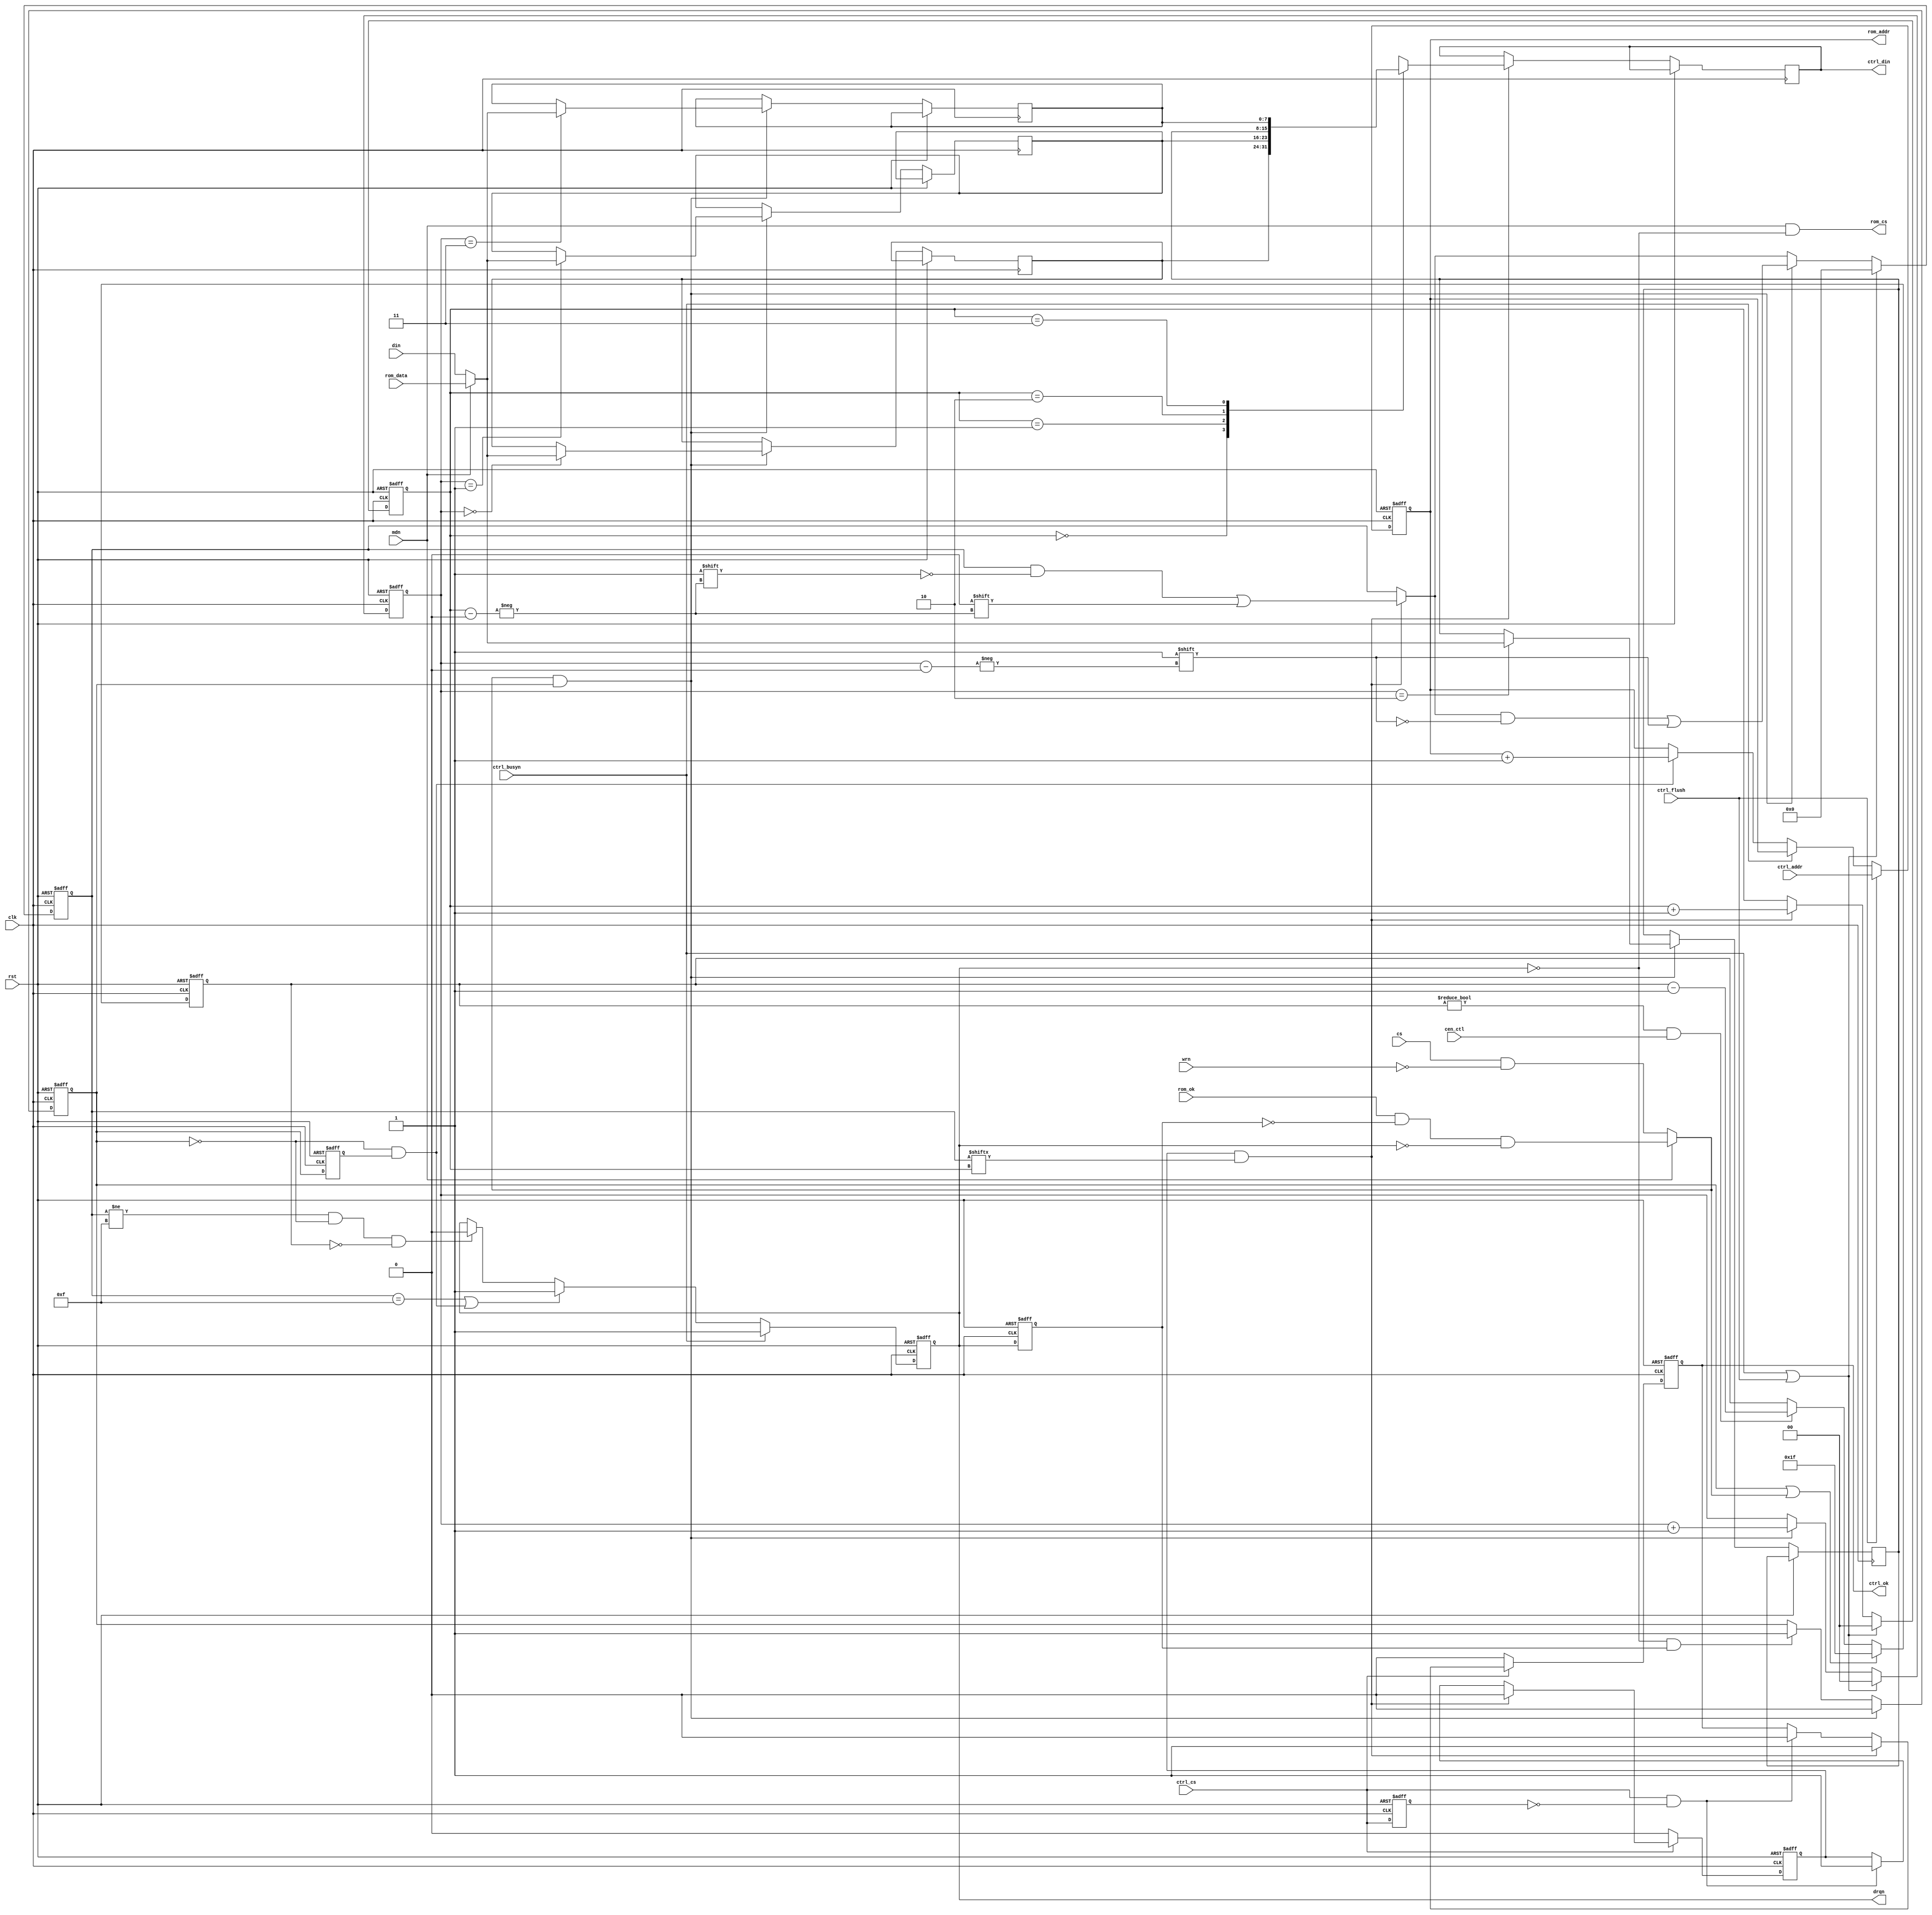
module jt7759_data(
    input             rst,
    input             clk,
    input             cen_ctl,
    input             mdn,
    // Control interface
    input             ctrl_flush,
    input             ctrl_cs,
    input             ctrl_busyn,
    input      [16:0] ctrl_addr,
    output reg [ 7:0] ctrl_din,
    output reg        ctrl_ok,
    // ROM interface
    output            rom_cs,
    output reg [16:0] rom_addr,
    input      [ 7:0] rom_data,
    input             rom_ok,
    // Passive interface
    input             cs,
    input             wrn,  // for slave mode only
    input      [ 7:0] din,
    output reg        drqn
);

reg  [7:0] fifo[0:3];
reg  [3:0] fifo_ok;
reg        drqn_l, ctrl_cs_l;
reg  [1:0] rd_addr, wr_addr;
reg        readin, readout, readin_l;
reg  [4:0] drqn_cnt;

wire       good    = mdn ? rom_ok & ~drqn_l & ~drqn : (cs&~wrn);
wire [7:0] din_mux = mdn ? rom_data : din;

assign rom_cs  = mdn && !drqn;

always @(posedge clk, posedge rst) begin
    if( rst ) begin
        drqn_cnt <= 0;
    end else begin
        // Minimum time between DRQn pulses
        if( readin || good )
            drqn_cnt <= ~5'd0;
        else if( drqn_cnt!=0 && cen_ctl) drqn_cnt <= drqn_cnt-1'd1;
    end
end

always @(posedge clk, posedge rst) begin
    if( rst ) begin
        rom_addr <= 0;
        drqn     <= 1;
        readin_l <= 0;
    end else begin
        readin_l <= readin;

        if( !ctrl_busyn ) begin
            if(!readin && readin_l)
                rom_addr <= rom_addr + 1'd1;
            if(fifo_ok==4'hf || (!readin && readin_l) ) begin
                drqn <= 1;
            end else if(fifo_ok!=4'hf && !readin && drqn_cnt==0 ) begin
                drqn <= 0;
            end
        end else begin
            drqn <= 1;
        end

        if( ctrl_flush )
            rom_addr <= ctrl_addr;
    end
end

always @(posedge clk, posedge rst) begin
    if( rst ) begin
        rd_addr   <= 0;
        ctrl_cs_l <= 0;
        readin    <= 0;
        readout   <= 0;
        ctrl_ok   <= 0;
        fifo_ok   <= 0;
        wr_addr   <= 0;
        drqn_l    <= 1;
    end else begin
        ctrl_cs_l <= ctrl_cs;
        drqn_l <= drqn;

        // read out
        if( ctrl_cs && !ctrl_cs_l ) begin
            readout <= 1;
            ctrl_ok <= 0;
        end
        if( readout && fifo_ok[rd_addr] ) begin
            ctrl_din <= fifo[ rd_addr ];
            ctrl_ok  <= 1;
            rd_addr  <= rd_addr + 1'd1;
            fifo_ok[ rd_addr ] <= 0;
            readout  <= 0;
        end
        if( !ctrl_cs ) begin
            readout <= 0;
            ctrl_ok <= 0;
        end

        // read in
        if( !drqn && drqn_l ) begin
            readin <= 1;
        end
        if( good && readin ) begin
            fifo[ wr_addr ] <= din_mux;
            fifo_ok[ wr_addr ] <= 1;
            wr_addr <= wr_addr + 1'd1;
            readin  <= 0;
            `ifdef JT7759_FIFO_DUMP
            $display("\\\\\\\\\\\\\\\\\\\\\\\\\\\\\\\\tjt7759: read %X",din_mux);
            `endif
        end

        if( ctrl_busyn || ctrl_flush ) begin
            fifo_ok <= 0;
            rd_addr <= 0;
            wr_addr <= 0;
        end
    end
end

endmodule